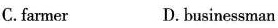
C.farmer D. businessman